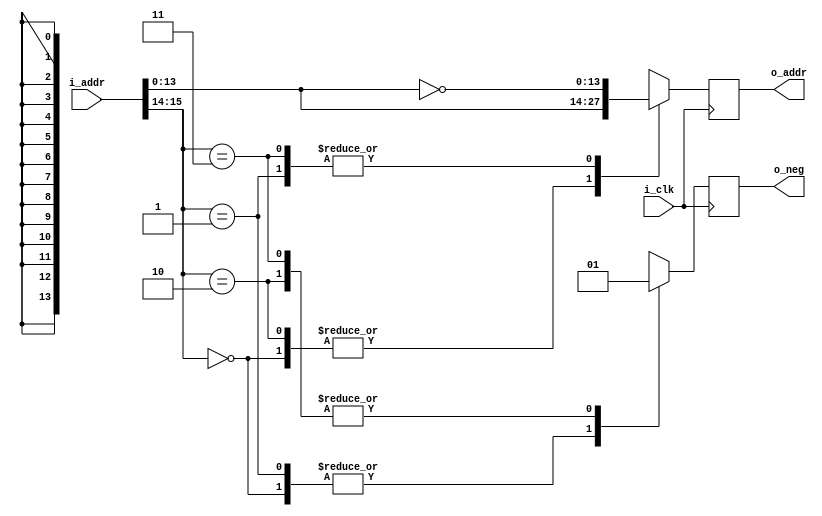
module sine_addr(
  input i_clk,
  input [15:0] i_addr,
  output reg [13:0] o_addr,
  output reg o_neg
);

  always @ (posedge i_clk)
  begin
    case ({i_addr[15], i_addr[14]})
      2'b00 :
        begin
          o_addr <= i_addr[13:0];
          o_neg <= 0;
        end
      2'b01 :
        begin
          o_addr <= ~i_addr[13:0];
          o_neg <= 0;
        end
      2'b10 :
        begin
          o_addr <= i_addr[13:0];
          o_neg <= 1;
        end
      2'b11 :
        begin
          o_addr <= ~i_addr[13:0];
          o_neg <= 1;
        end
    endcase
  end

endmodule